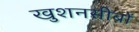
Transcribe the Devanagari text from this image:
खुशनसीबों